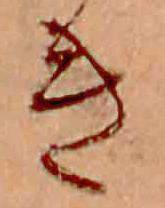
き